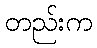
တည်းက